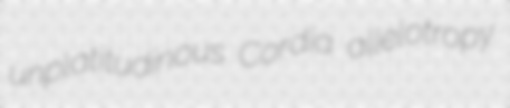
unplatitudinous Cordia allelotropy